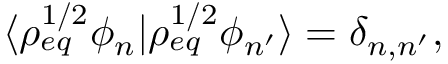
\langle \rho _ { e q } ^ { 1 / 2 } \phi _ { n } \rvert \rho _ { e q } ^ { 1 / 2 } \phi _ { n ^ { \prime } } \rangle = \delta _ { n , n ^ { \prime } } ,